NAE_ERA_R-1765_ENSV_Kirjanike_Liit_1945-1955, lk 6
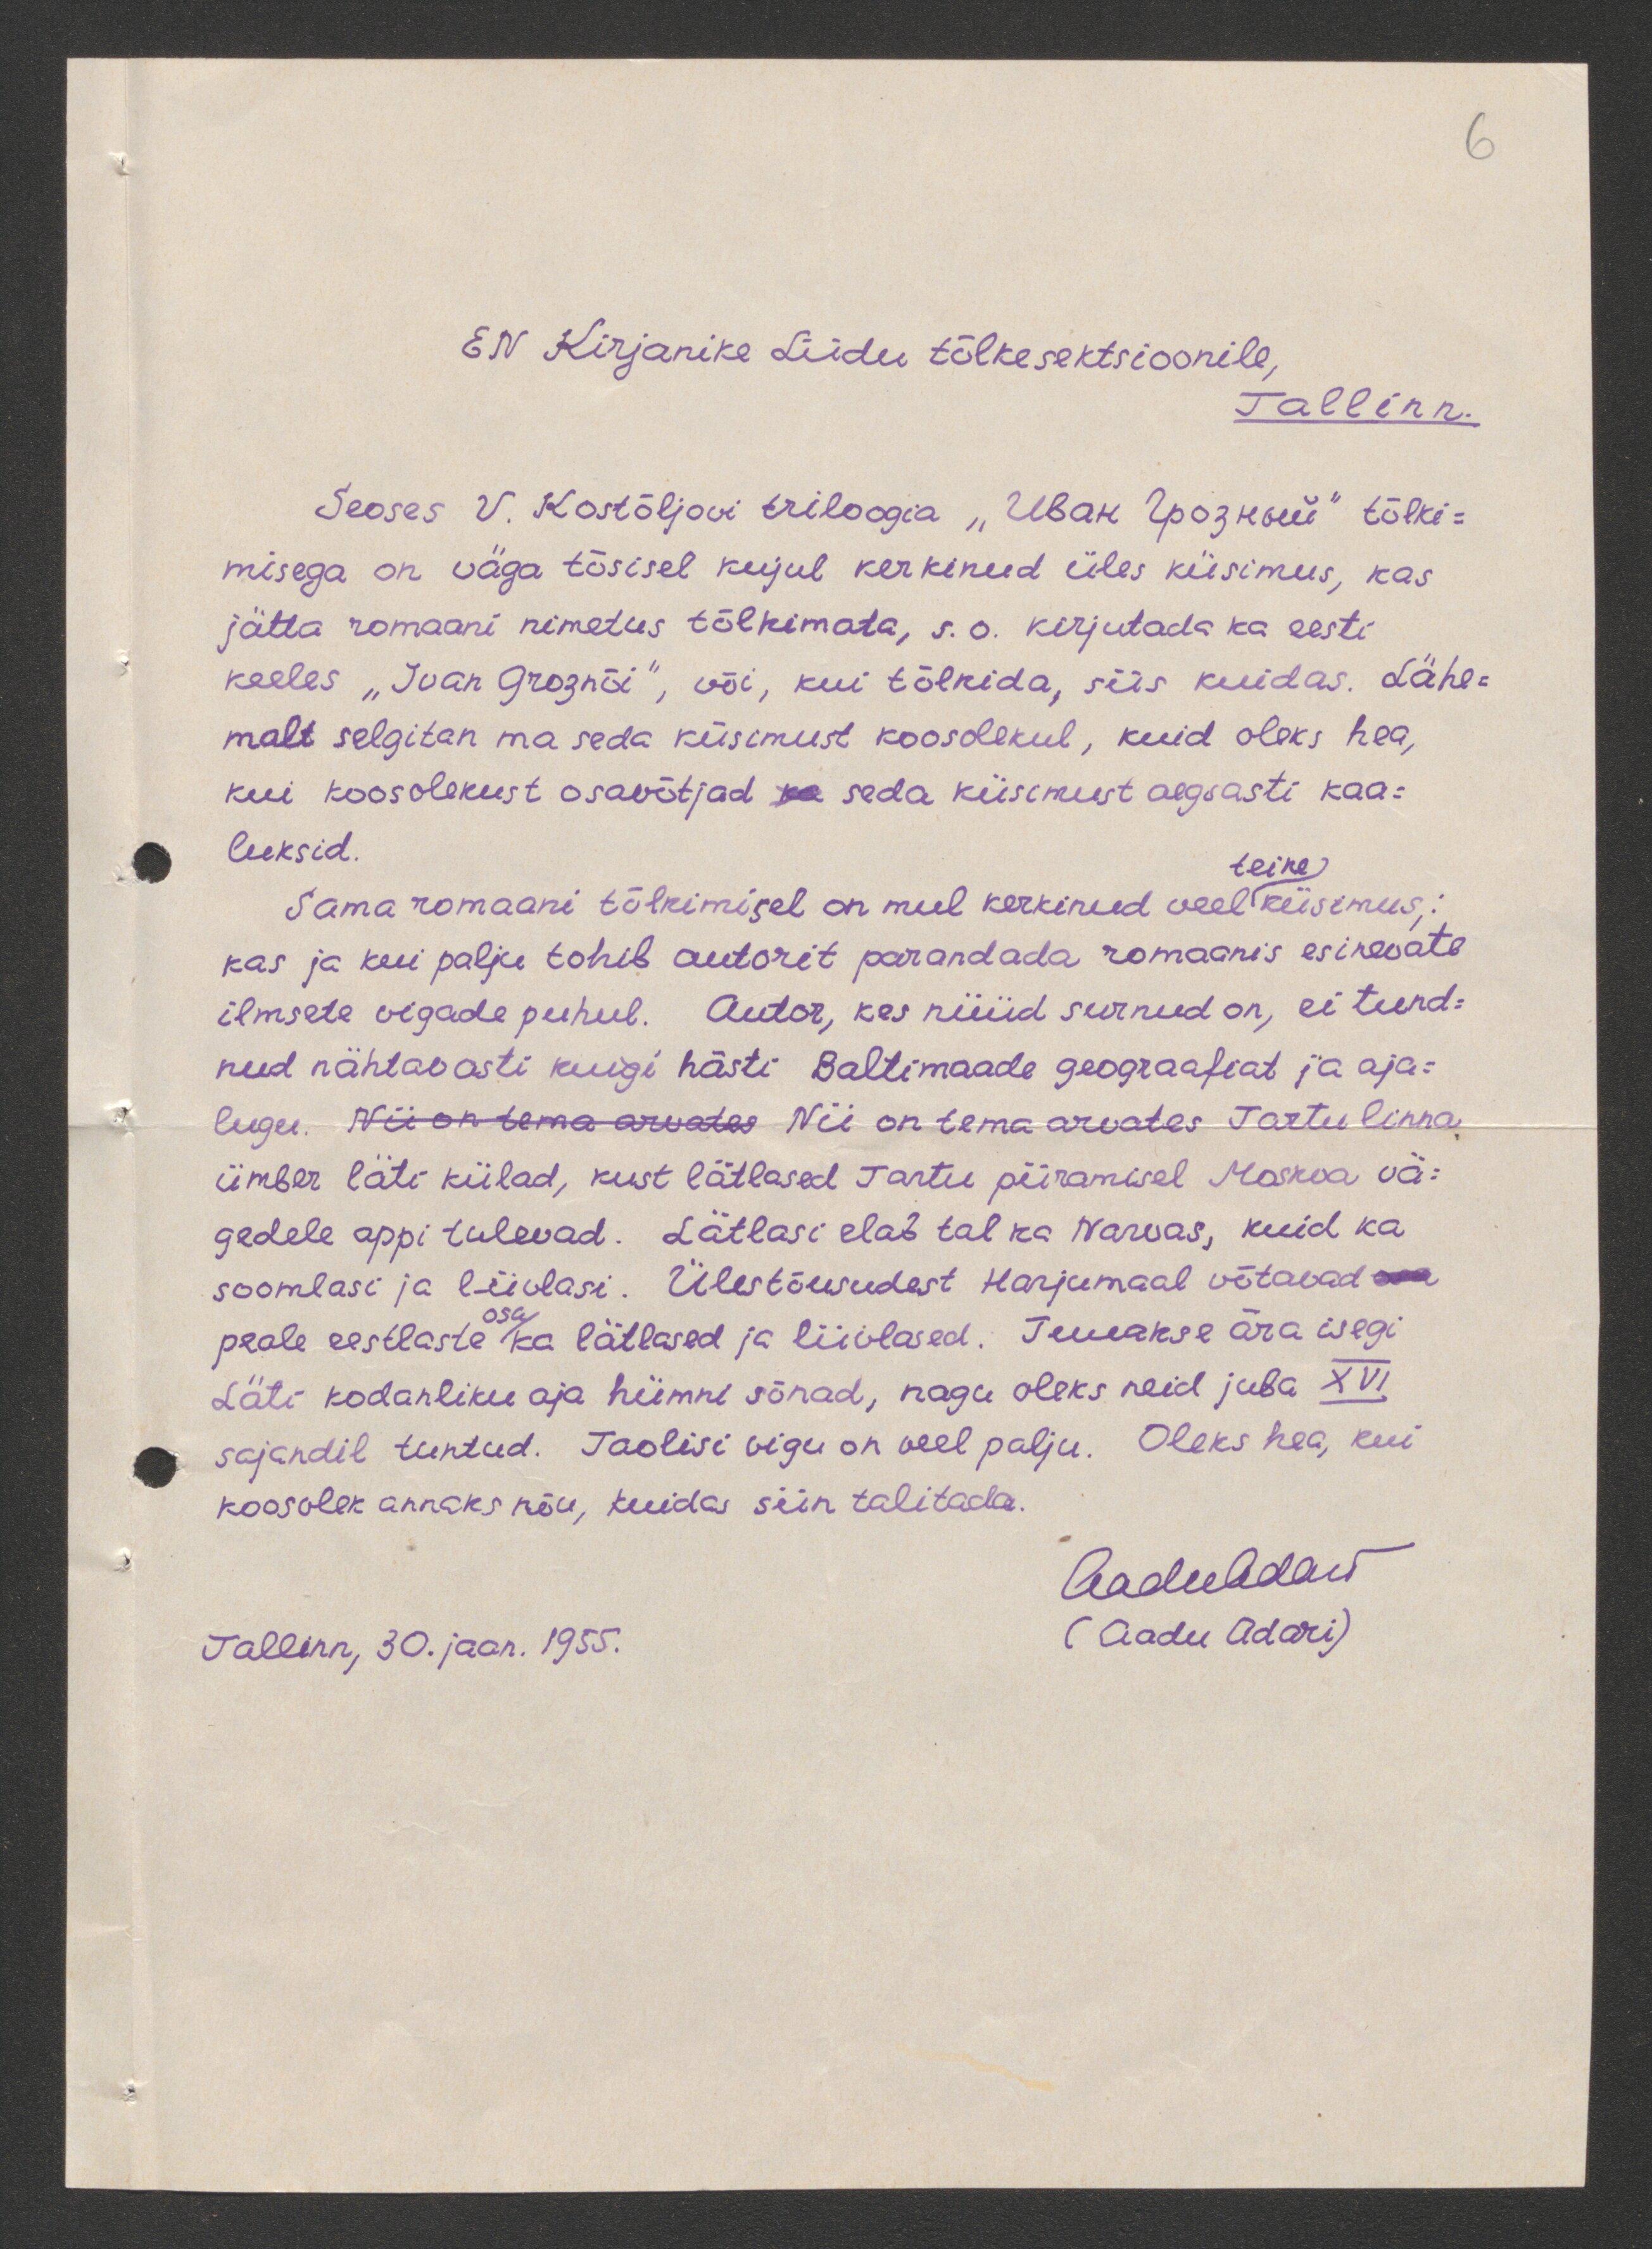
6
EN Kirjanike Liidu tõlkesektsioonile,
Tallinn.
Seoses V. Kostõljovi triloogia "Иван Грозный" tõlki-
misega on väga tõsisel kujul kerkinud üles küsimus, kas
jätta romaani nimetus tõlkimata, s.o. kirjutada ka eesti
kelles "Ivan Groznõi", või, kui tõlkida, siis kuidas. Lähe-
malt selgitan ma seda küsimust koosolekul, kuid oleks hea,
kui koosolekust osavõtjad ka seda küisimust aegsasti kaa-
luksid.
teine,
Sama romaani tõlkimisel on mul kerkinud veel küsimus,
kas ja kui palju tohib autorit parandada romaanis esinevate
ilmsete vigade puhul. Autor, kes nüüd surnud on, ei tund-
nud nähtavasti kuigi hästi Baltimaade geograafiat ja aja-
lugu. Nii on tema arvates Nii on tema arvates Tartu linna
ümber läti külad, kust lätlased Tartu piiramisel Moskva vä-
gedele appi tulevad. Lätlasi elab tal ka Narvas, kuid ka
soomlasi ja liivlasi. Ülestõusudest Harjumaal võtavad osa
osa
peale eestlaste ka lätlased ja liivlased. Tuuakse ära isegi
Läti kodanliku aja hümni sõnad, nagu oleks neid juba XVI
sajandil tuntud. Taolisi vigu on veel palju. Oleks hea, kui
koosolek annaks nõu, kuida siin talitada.
(Aadu Adari)
Tallinn, 30. jaan. 1955.